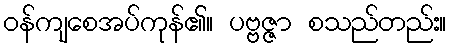
ဝန်ကျစေအပ်ကုန်၏။ ပဗ္ဗဇ္ဇာ စသည်တည်း။